Punjab Mental Hospital Lahore 1932-46 - 1932-1946
Year: 1932
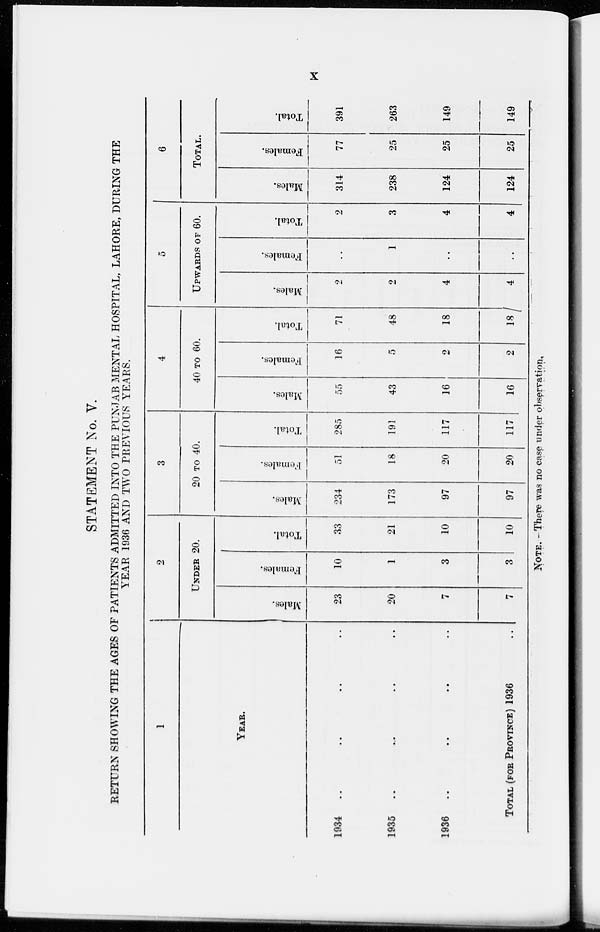
x
STATEMENT No. V.
RETURN SHOWING THE AGES OF PATIENTS ADMITTED INTO THE PUNJAB MENTAL HOSPITAL, LAHORE, DURING THE
YEAR 1936 AND TWO PREVIOUS YEARS.
1
YEAR.
1934 .. .. .. ..
1935 .. .. .. ..
1936.. .. .. ..
TOTAL (FOR PROVINCE) 1936
..
2
UNDER 20.
Males.
23
20
7
7
Females.
10
1
3
3
Total.
33
21
10
10
3
20 TO 40.
Males.
234
173
97
97
Females.
51
18
20
20
Total.
285
191
117
117
4
40 TO 60.
Males.
55
43
16
16
Females.
16
5
2
2
Total.
71
48
18
18
5
UPWARDS OF 60.
Males.
2
2
4
4
Females.
..
1
..
..
Total.
2
3
4
4
6
TOTAL.
Males.
314
238
124
124
Females.
77
25
25
25
Total.
391
263
149
149
NOTE. - There was no case under observation